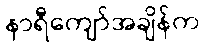
နာရီကျော်အချိန်က